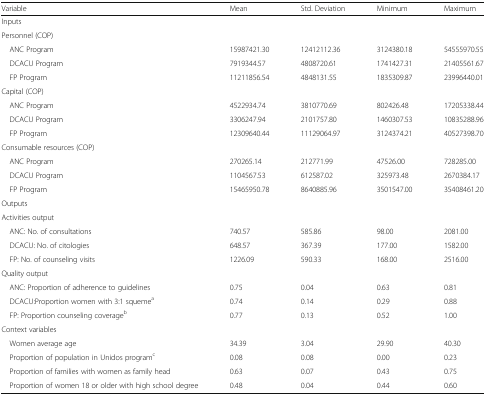
<table><thead><tr><td><b>Variable</b></td><td><b>Mean</b></td><td><b>Std. Deviation</b></td><td><b>Minimum</b></td><td><b>Maximum</b></td></tr></thead><tbody><tr><td colspan="5">Inputs</td></tr><tr><td colspan="5">Personnel (COP)</td></tr><tr><td> ANC Program</td><td>15987421.30</td><td>12412112.36</td><td>3124380.18</td><td>54555970.55</td></tr><tr><td> DCACU Program</td><td>7919344.57</td><td>4808720.61</td><td>1741427.31</td><td>21405561.67</td></tr><tr><td> FP Program</td><td>11211856.54</td><td>4848131.55</td><td>1835309.87</td><td>23996440.01</td></tr><tr><td colspan="5">Capital (COP)</td></tr><tr><td> ANC Program</td><td>4522934.74</td><td>3810770.69</td><td>802426.48</td><td>17205338.44</td></tr><tr><td> DCACU Program</td><td>3306247.94</td><td>2101757.80</td><td>1460307.53</td><td>10835288.96</td></tr><tr><td> FP Program</td><td>12309640.44</td><td>11129064.97</td><td>3124374.21</td><td>40527398.70</td></tr><tr><td colspan="5">Consumable resources (COP)</td></tr><tr><td> ANC Program</td><td>270265.14</td><td>212771.99</td><td>47526.00</td><td>728285.00</td></tr><tr><td> DCACU Program</td><td>1104567.53</td><td>612587.02</td><td>325973.48</td><td>2670384.17</td></tr><tr><td> FP Program</td><td>15465950.78</td><td>8640885.96</td><td>3501547.00</td><td>35408461.20</td></tr><tr><td colspan="5">Outputs</td></tr><tr><td colspan="5">Activities output</td></tr><tr><td> ANC: No. of consultations</td><td>740.57</td><td>585.86</td><td>98.00</td><td>2081.00</td></tr><tr><td> DCACU: No. of citologies</td><td>648.57</td><td>367.39</td><td>177.00</td><td>1582.00</td></tr><tr><td> FP: No. of counseling visits</td><td>1226.09</td><td>590.33</td><td>168.00</td><td>2516.00</td></tr><tr><td colspan="5">Quality output</td></tr><tr><td> ANC: Proportion of adherence to guidelines</td><td>0.75</td><td>0.04</td><td>0.63</td><td>0.81</td></tr><tr><td> DCACU:Proportion women with 3:1 squeme<sup>a</sup></td><td>0.74</td><td>0.14</td><td>0.29</td><td>0.88</td></tr><tr><td> FP: Proportion counseling coverage<sup>b</sup></td><td>0.77</td><td>0.13</td><td>0.52</td><td>1.00</td></tr><tr><td colspan="5">Context variables</td></tr><tr><td> Women average age</td><td>34.39</td><td>3.04</td><td>29.90</td><td>40.30</td></tr><tr><td> Proportion of population in Unidos program<sup>c</sup></td><td>0.08</td><td>0.08</td><td>0.00</td><td>0.23</td></tr><tr><td> Proportion of families with women as family head</td><td>0.63</td><td>0.07</td><td>0.43</td><td>0.75</td></tr><tr><td> Proportion of women 18 or older with high school degree</td><td>0.48</td><td>0.04</td><td>0.44</td><td>0.60</td></tr></tbody></table>